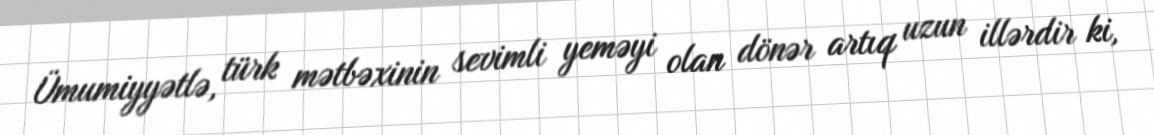
Ümumiyyətlə, türk mətbəxinin sevimli yeməyi olan dönər artıq uzun illərdir ki,